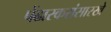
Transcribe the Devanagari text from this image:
पेंढारकरांसारखे